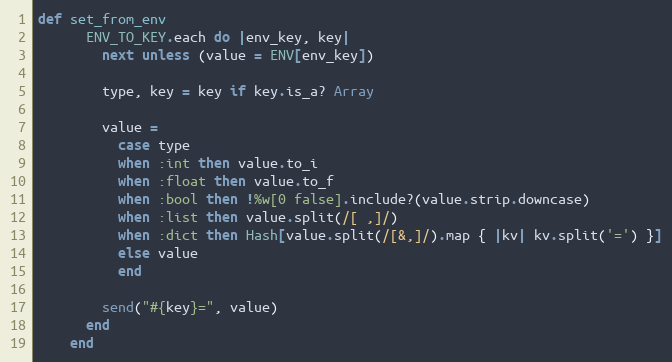
Language: Ruby
def set_from_env
      ENV_TO_KEY.each do |env_key, key|
        next unless (value = ENV[env_key])

        type, key = key if key.is_a? Array

        value =
          case type
          when :int then value.to_i
          when :float then value.to_f
          when :bool then !%w[0 false].include?(value.strip.downcase)
          when :list then value.split(/[ ,]/)
          when :dict then Hash[value.split(/[&,]/).map { |kv| kv.split('=') }]
          else value
          end

        send("#{key}=", value)
      end
    end